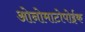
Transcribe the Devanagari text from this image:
ओनोमाटोपोईक